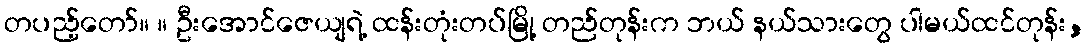
တပည့်တော်။ ။ ဦးအောင်ဇေယျရဲ့ ထန်းတုံးတပ်မြို့ တည်တုန်းက ဘယ် နယ်သားတွေ ပါမယ်ထင်တုန်း,